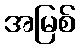
အမြစ်